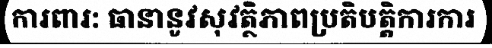
ការពារ: ធានានូវសុវត្ថិភាពប្រតិបត្តិការការ